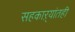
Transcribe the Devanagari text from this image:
सहकाऱ्यांतही